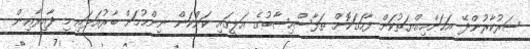
ސަރުކާރުންދޭ އަހަންމިއްޔަތުކަން ފާހަގަކޮށް ތަފާސްހިސާބުގެ އަލީގައި ކަންކަން ނިންމުމަށް ބާރުއަޅައި މި ދާއިރާއިން